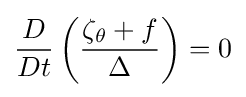
{\frac {D}{Dt}}\left({\frac {\zeta _{\theta }+f}{\Delta }}\right)=0